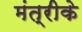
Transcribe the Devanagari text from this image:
मंत्रीके